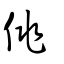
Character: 佻